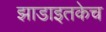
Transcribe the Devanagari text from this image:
झाडाइतकेच